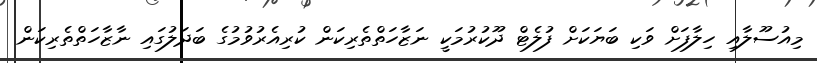
މިއުސޫލާއި ހިލާފަށް ވަކި ބަޔަކަށް ފުލެޓް ދޫކުރުމަކީ ނަޒާހަތްތެރިކަން ކުރިއެރުވުމުގެ ބަދަލުގައި ނާޒާހަތްތެރިކަން